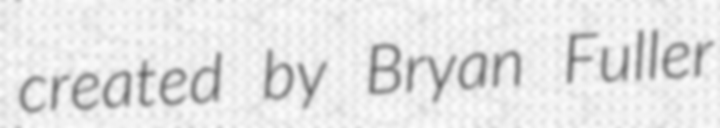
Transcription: created by Bryan Fuller